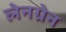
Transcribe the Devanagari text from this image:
लेनग्रेन